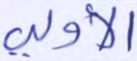
الأولى